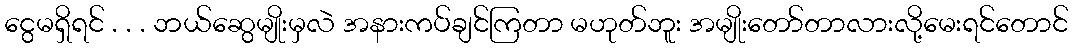
ငွေမရှိရင် . . . ဘယ်ဆွေမျိုးမှလဲ အနားကပ်ချင်ကြတာ မဟုတ်ဘူး အမျိုးတော်တာလားလို့မေးရင်တောင်